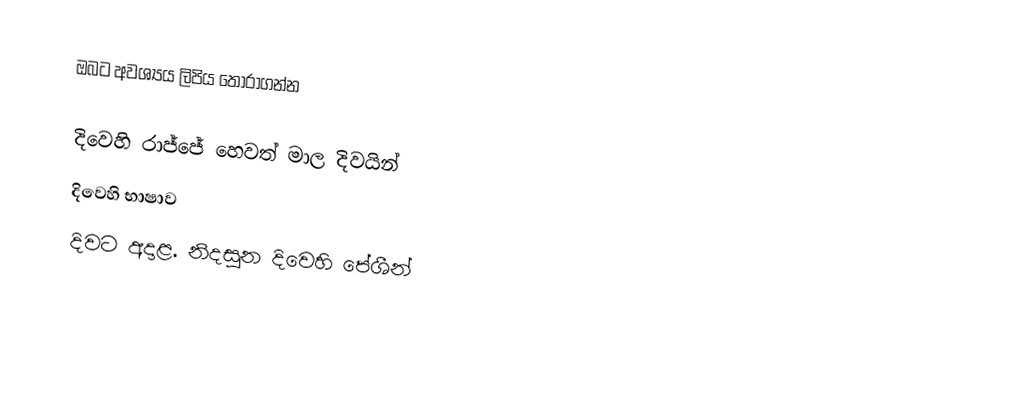
ඔබට අවශ්‍යය ලිපිය තෝරාගන්න

 දිවෙහි රාජ්ජේ හෙවත් මාල දිවයින්
 දිවෙහි භාෂාව
 දිවට අදාළ. නිදසුන දිවෙහි පේශීන්